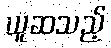
ယူဆသည့်